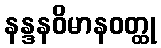
နန္ဒနဝိမာနဝတ္ထု